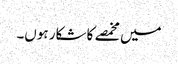
میں مخمصے کا شکار ہوں۔